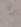
شئ